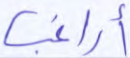
أراغب